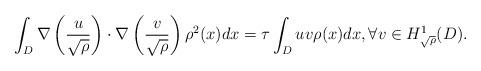
LaTeX: \begin{align*} \int_{D} \nabla \left( \frac{u}{\sqrt{\rho}} \right) \cdot \nabla \left( \frac{v}{\sqrt{\rho}} \right)\rho^2(x) dx = \tau \int_{D}u v \rho(x)dx, \forall v \in H_{\sqrt{\rho}}^1(D). \end{align*}